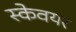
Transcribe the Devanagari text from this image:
स्केवयर